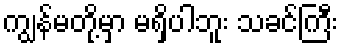
ကျွန်မတို့မှာ မရှိပါဘူး သခင်ကြီး